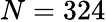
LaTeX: N=324